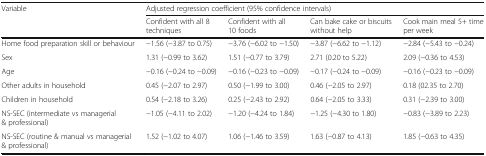
<table><thead><tr><td rowspan="2"><b>Variable</b></td><td colspan="4"><b>Adjusted regression coefficient (95% confidence intervals)</b></td></tr><tr><td><b>Confident with all 8 techniques</b></td><td><b>Confident with all 10 foods</b></td><td><b>Can bake cake or biscuits without help</b></td><td><b>Cook main meal 5+ time per week</b></td></tr></thead><tbody><tr><td>Home food preparation skill or behaviour</td><td>−1.56 (−3.87 to 0.75)</td><td>−3.76 (−6.02 to −1.50)</td><td>−3.87 (−6.62 to −1.12)</td><td>−2.84 (−5.43 to −0.24)</td></tr><tr><td>Sex</td><td>1.31 (−0.99 to 3.62)</td><td>1.51 (−0.77 to 3.79)</td><td>2.71 (0.20 to 5.22)</td><td>2.09 (−0.36 to 4.53)</td></tr><tr><td>Age</td><td>−0.16 (−0.24 to −0.09)</td><td>−0.16 (−0.23 to −0.09)</td><td>−0.17 (−0.24 to −0.09)</td><td>−0.16 (−0.23 to −0.09)</td></tr><tr><td>Other adults in household</td><td>0.45 (−2.07 to 2.97)</td><td>0.50 (−1.99 to 3.00)</td><td>0.46 (−2.05 to 2.97)</td><td>0.18 (02.35 to 2.70)</td></tr><tr><td>Children in household</td><td>0.54 (−2.18 to 3.26)</td><td>0.25 (−2.43 to 2.92)</td><td>0.64 (−2.05 to 3.33)</td><td>0.31 (−2.39 to 3.00)</td></tr><tr><td>NS-SEC (intermediate vs managerial &amp; professional)</td><td>−1.05 (−4.11 to 2.02)</td><td>−1.20 (−4.24 to 1.84)</td><td>−1.25 (−4.30 to 1.80)</td><td>−0.83 (−3.89 to 2.23)</td></tr><tr><td>NS-SEC (routine &amp; manual vs managerial &amp; professional)</td><td>1.52 (−1.02 to 4.07)</td><td>1.06 (−1.46 to 3.59)</td><td>1.63 (−0.87 to 4.13)</td><td>1.85 (−0.63 to 4.35)</td></tr></tbody></table>